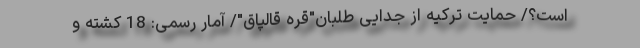
است؟/ حمایت ترکیه از جدایی طلبان"قره قالپاق"/ آمار رسمی: 18 کشته و